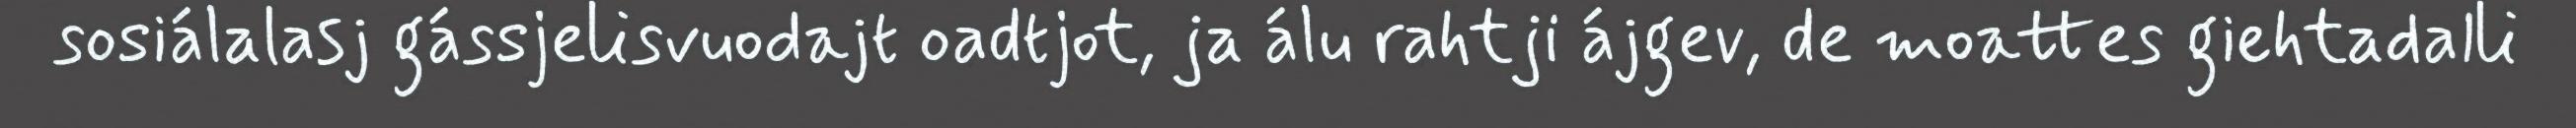
sosiálalasj gássjelisvuodajt oadtjot, ja álu rahtji ájgev, de moattes giehtadalli